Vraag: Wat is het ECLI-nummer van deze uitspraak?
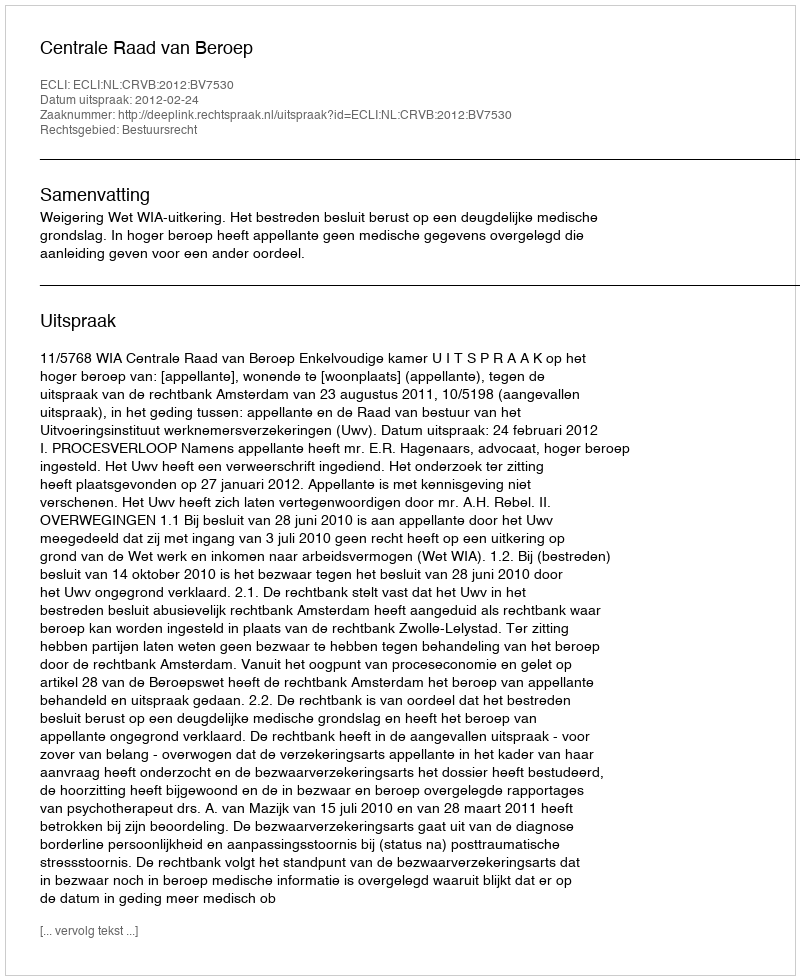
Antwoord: ECLI:NL:CRVB:2012:BV7530